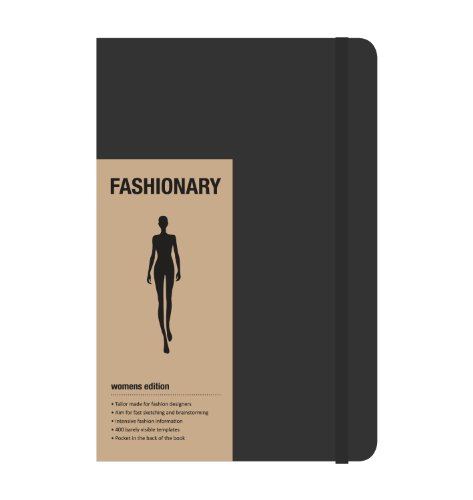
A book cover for Fashionary Womens A5 (2015 Edition); Various; Arts & Photography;